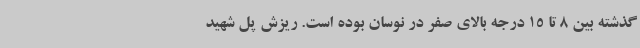
گذشته بین 8 تا 15 درجه بالای صفر در نوسان بوده است. ریزش پل شهید